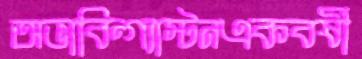
অভাবিন্গ্যাস্টনএকবর্ষী